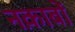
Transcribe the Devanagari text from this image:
नक़ाबों